Source: Handwritten
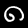
Digit: ၈ (8)